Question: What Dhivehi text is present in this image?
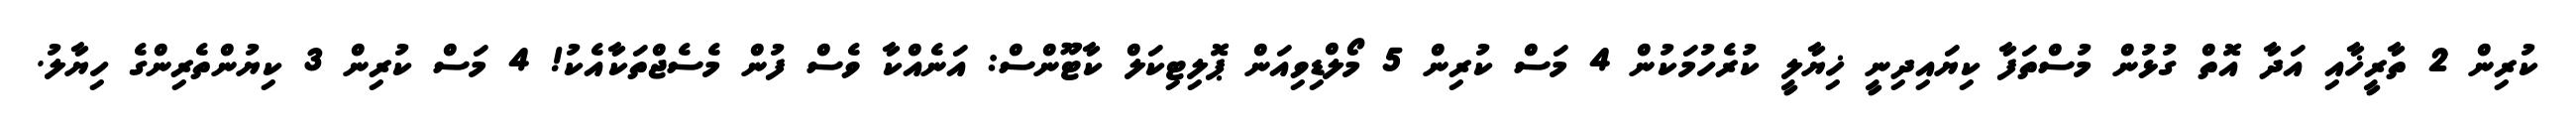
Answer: ކުރިން 2 ތާރީޚާއި އަދާ އޮތް ގުޅުން މުސްތަފާ ކިޔައިދިނީ ޚިޔާލީ ކުރެހުމަކުން 4 މަސް ކުރިން 5 މޯލްޑިވިއަން ޕޮލިޓިކަލް ކާޓޫންސް: އަނެއްކާ ވެސް ފުން މެސެޖްތަކާއެކު! 4 މަސް ކުރިން 3 ކިޔުންތެރިންގެ ހިޔާލު.